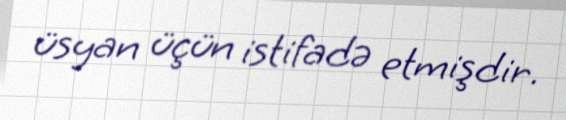
üsyan üçün istifadə etmişdir.